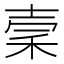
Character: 𥞤